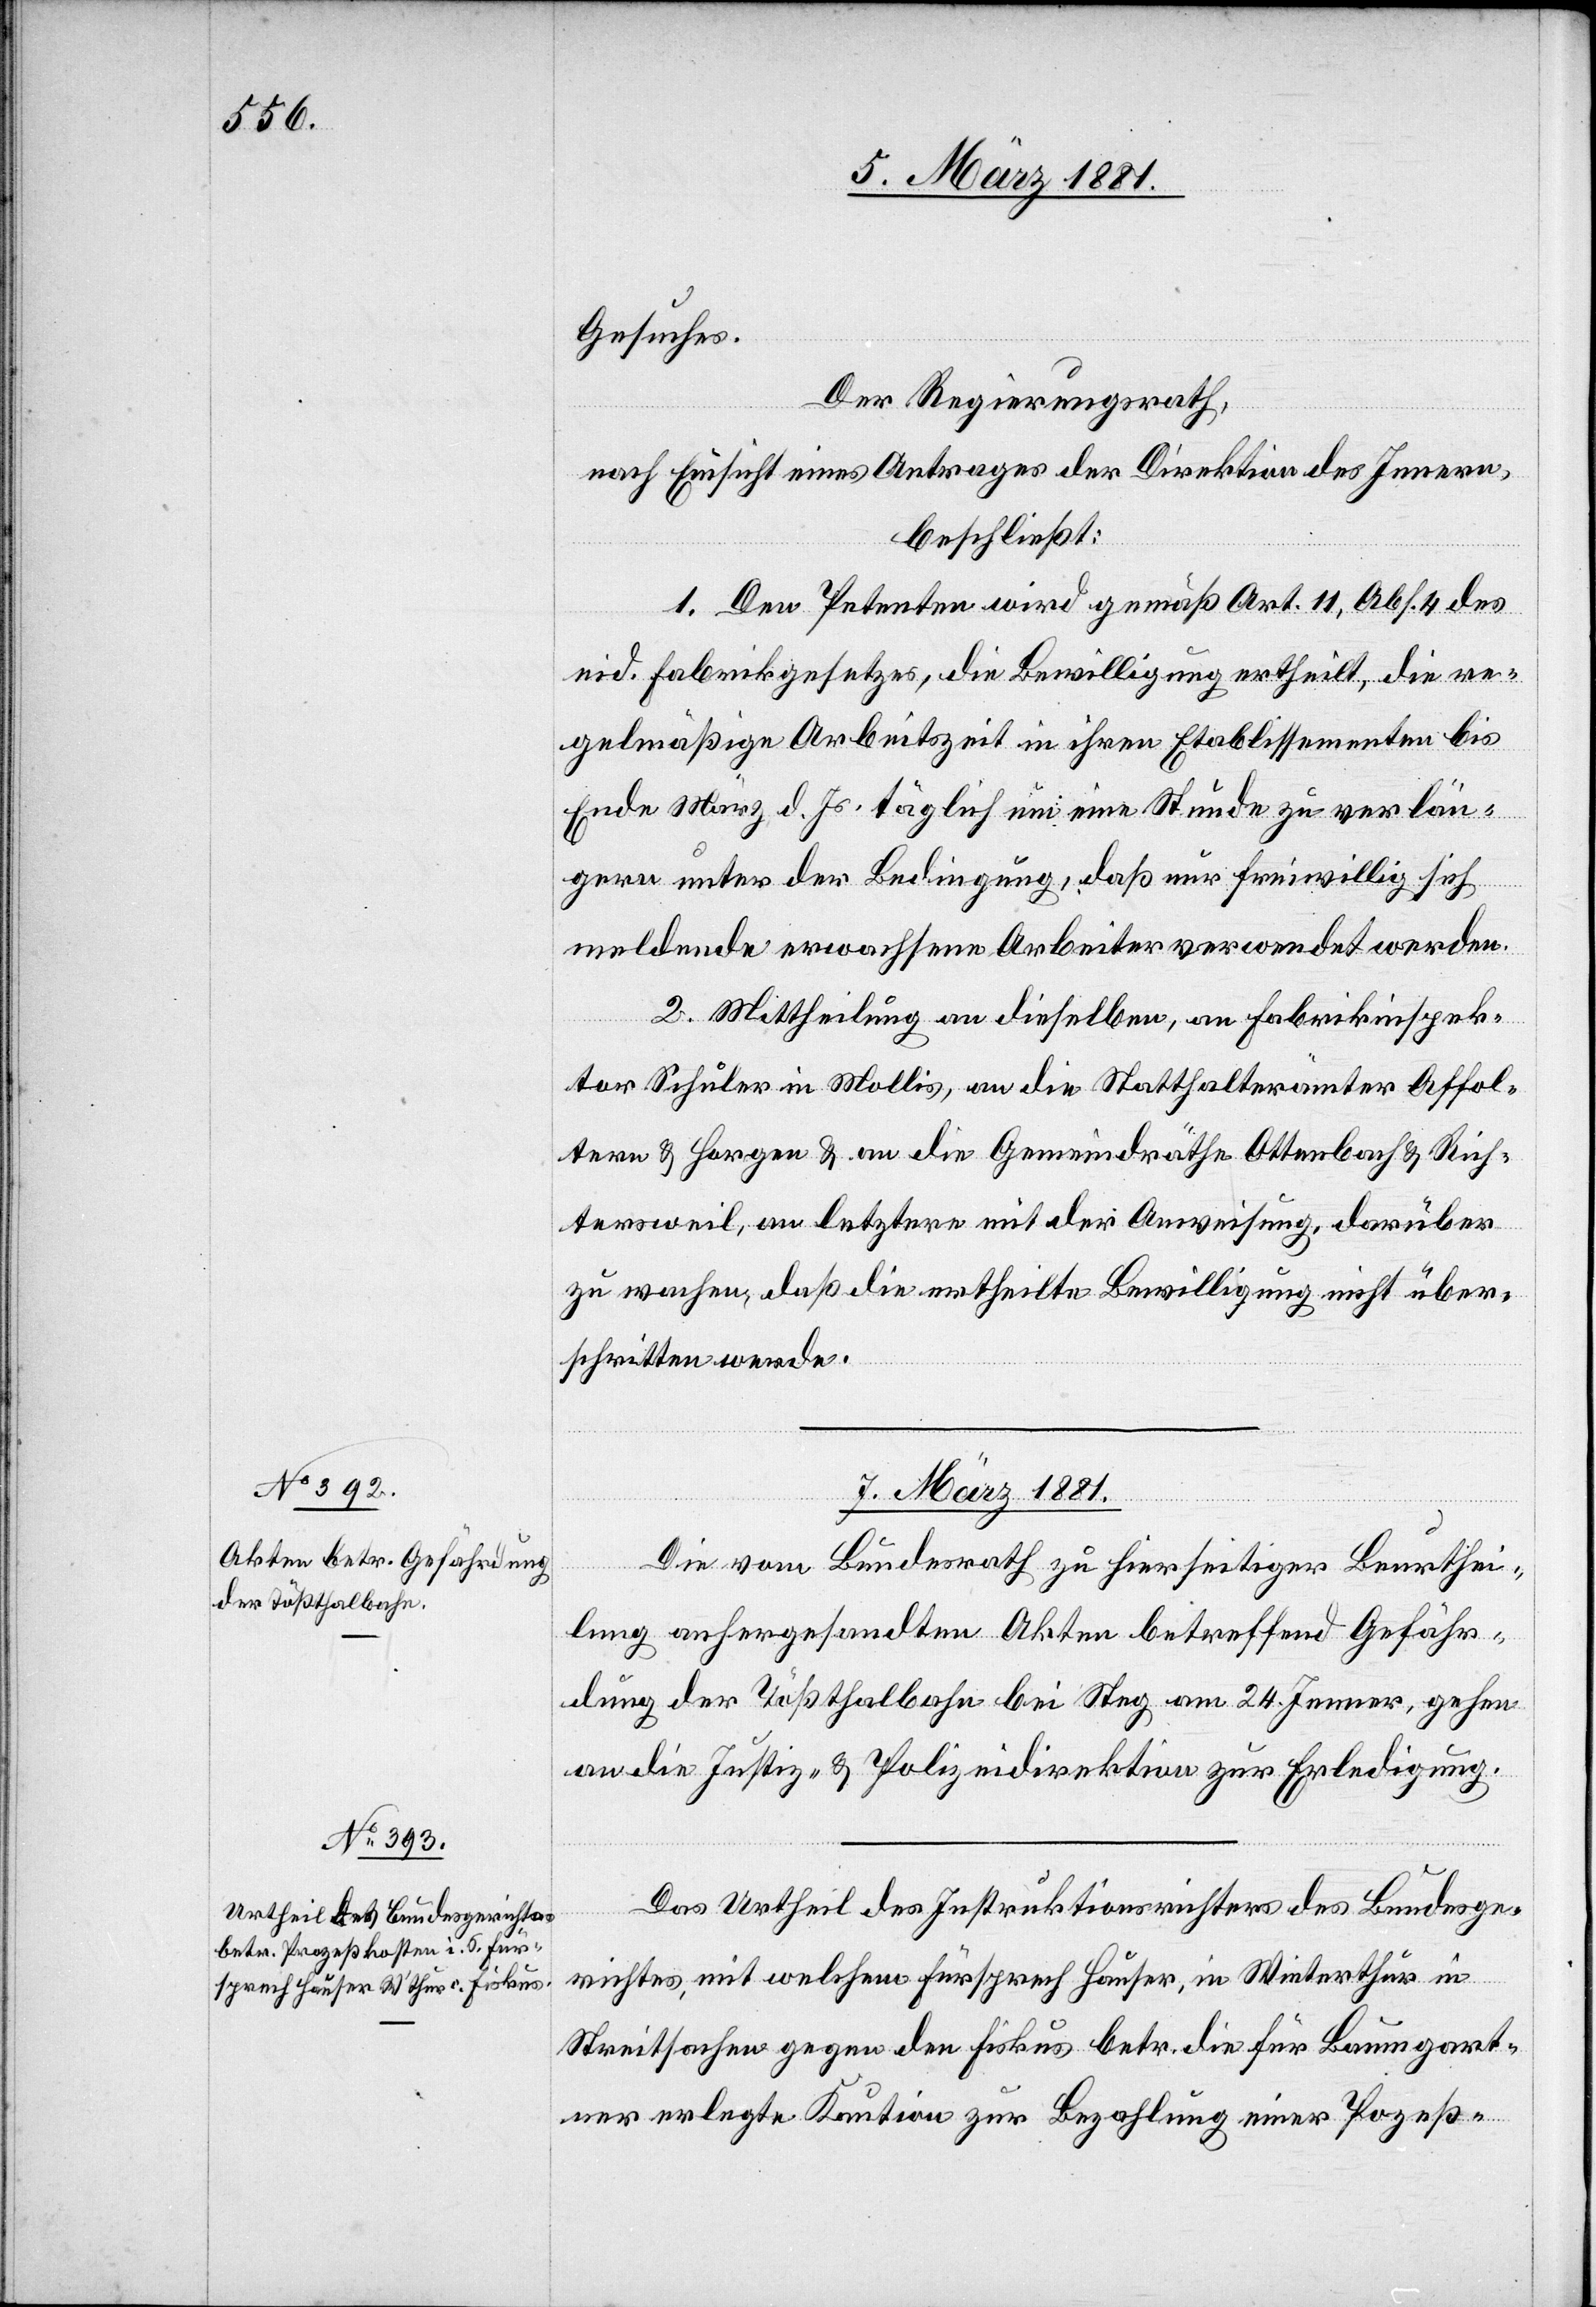
Gesuches.
Der Regierungsrath,
nach Einsicht eines Antrages der Direktion des Innern,
beschließt:
1. Den Petenten wird gemäß Art. 11, Abs. 4 des
eid. Fabrikgesetzes, die Bewilligung ertheilt, die re¬
gelmäßige Arbeitszeit in ihren Etablissementen bis
Ende März d. Js. täglich um eine Stunde zu verlän¬
gern unter der Bedingung, daß nur freiwillig sich
meldende erwachsene Arbeiter verwendet werden.
2. Mittheilung an dieselben, an Fabrikinspek¬
tor Schuler in Mollis, an die Statthalterämter Affol¬
tern & Horgen & an die Gemeindräthe Ottenbach & Rich¬
tersweil, an letztere mit der Anweisung, darüber
zu wachen, daß die ertheilte Bewilligung nicht über¬
schritten werde.
7. März 1881.]
ungen.
Die vom Bundesrath zu hierseitiger Beurthei¬
lung anhergesandten Akten betreffend Gefähr¬
dung der Tößthalbahn bei Steg am 24. Jenner, gehen
an die Justiz- & Polizeidirektion zur Erledigung.
Das Urtheil des Instruktionsrichters des Bundesge¬
richtes, mit welchem Fürsprech Hauser, in Winterthur in
Streitsachen gegen den Fiskus betr. die für Baumgart¬
ner erlegte Kaution zur Bezahlung einer P[r]ozeß-